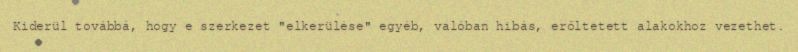
Kiderül továbbá, hogy e szerkezet "elkerülése" egyéb, valóban hibás, erőltetett alakokhoz vezethet.